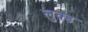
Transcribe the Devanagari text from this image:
लुक्ड